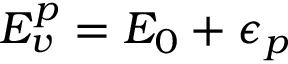
{ \cal E } _ { v } ^ { p } = { \cal E } _ { 0 } + \epsilon _ { p }